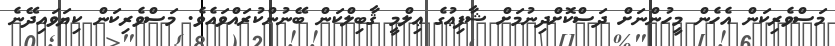
މަސްވެރިކަން އެހެން މީހުންނަށް ދަސްކޮށްދިނުމަށް ޝާފިޢުގެ ޢިލްމީ ޤާބިލްކަން ބޭނުންކުރައްވައެވެ. މަސްވެރިކަން ކިޔަވައިދޭނެ